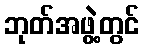
ဘုတ်အဖွဲ့တွင်